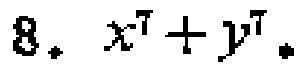
$8.\ x^{7}+y^{7}.$